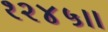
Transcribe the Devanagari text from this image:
१२४५।।